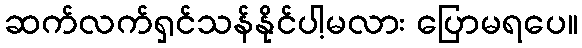
ဆက်လက်ရှင်သန်နိုင်ပါ့မလား ပြောမရပေ။